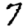
Digit: 7